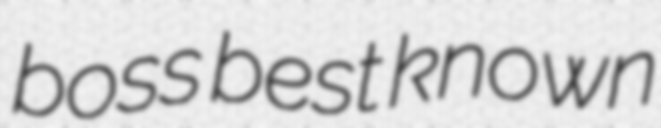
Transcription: boss best known